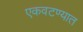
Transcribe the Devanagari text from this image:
एकवटण्यात